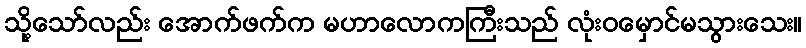
သို့သော်လည်း အောက်ဖက်က မဟာလောကကြီးသည် လုံးဝမှောင်မသွားသေး။